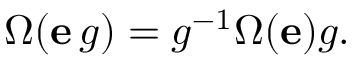
\Omega ( \mathbf { e } \, g ) = g ^ { - 1 } \Omega ( \mathbf { e } ) g .